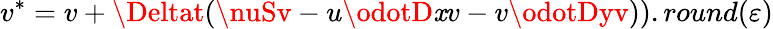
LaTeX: v^{*}=v+\Deltat(\nuSv-u\odotD\mathit{x}v-v\odotDyv)).round(\varepsilon)